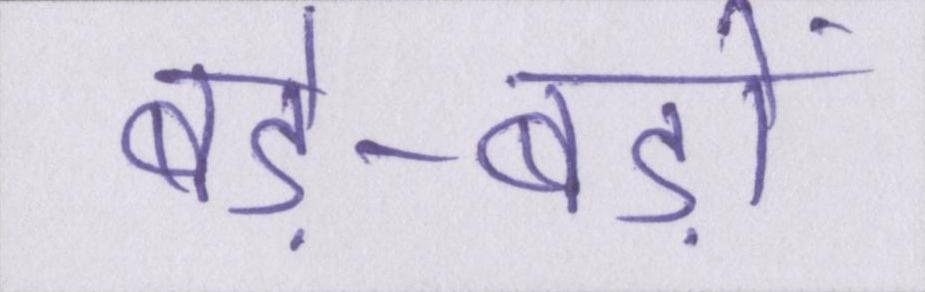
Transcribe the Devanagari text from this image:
बड़े-बड़ों